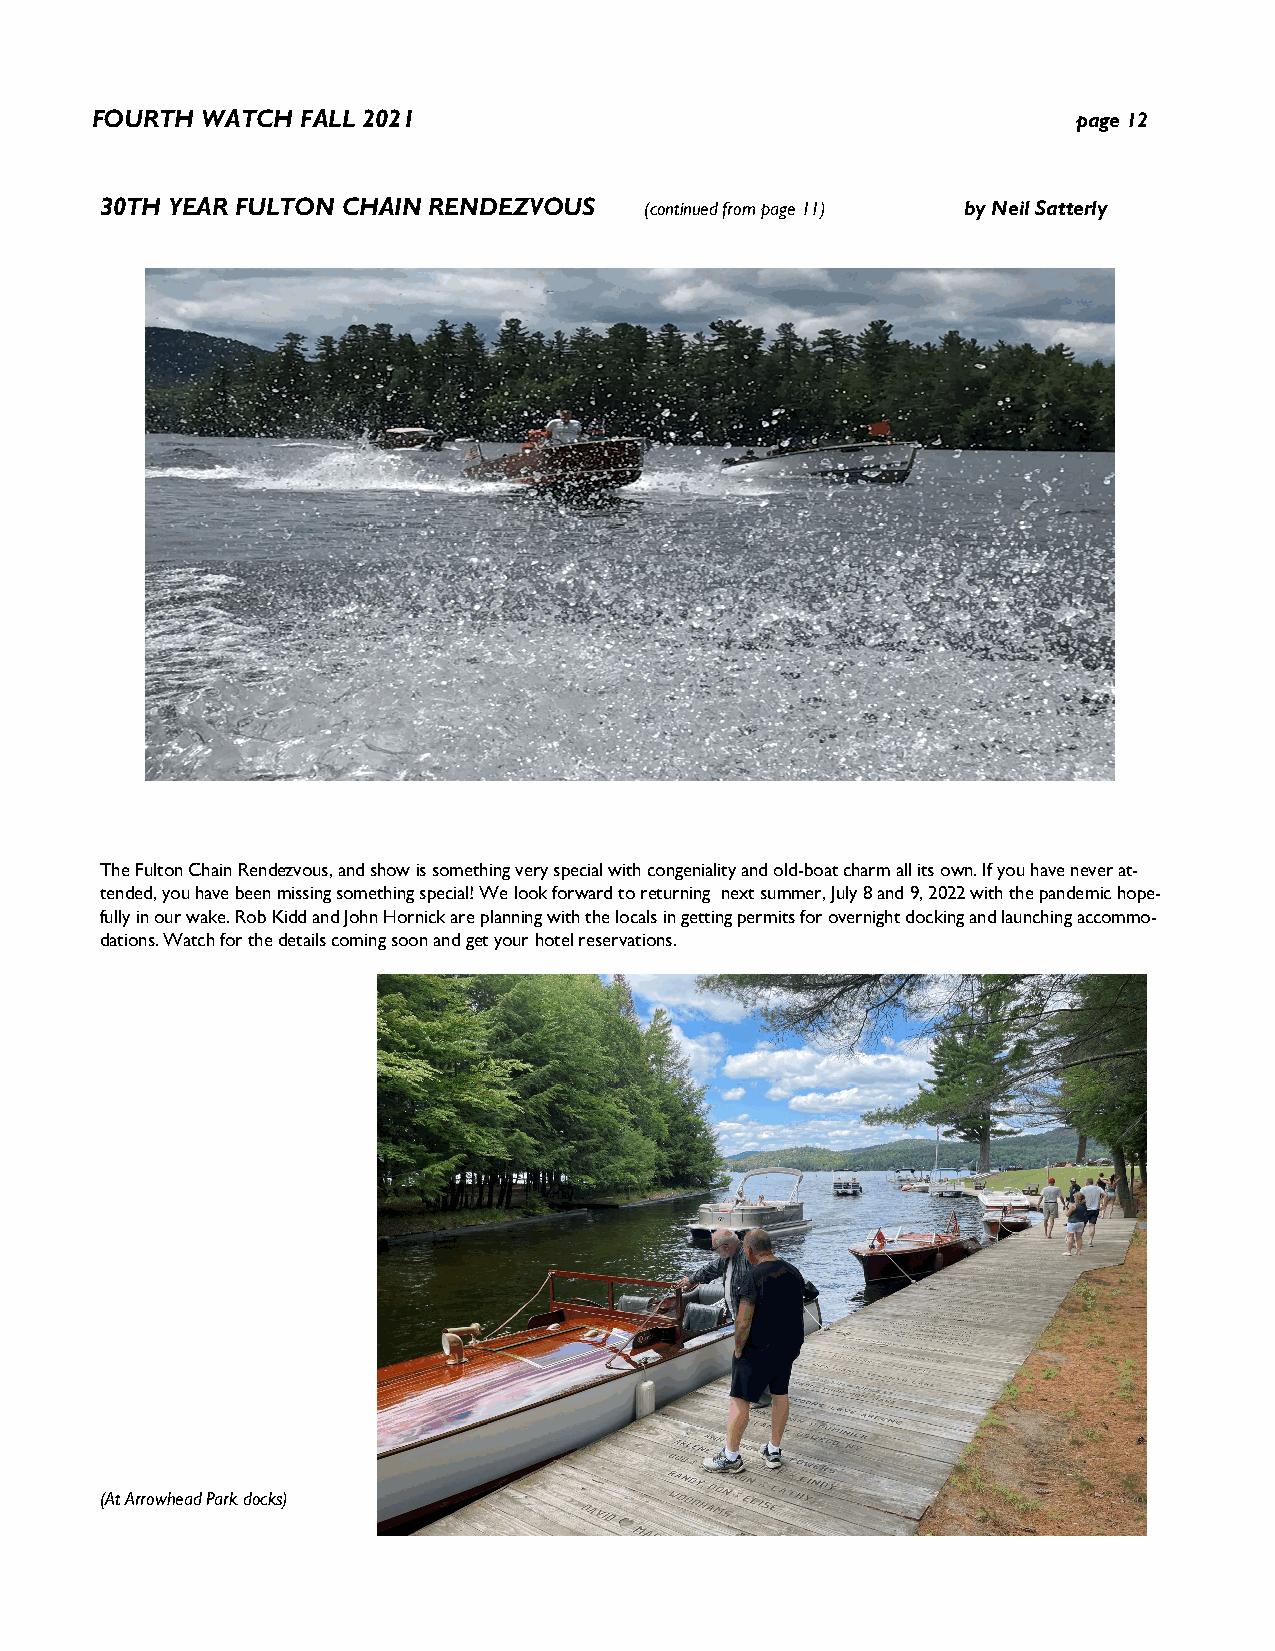
FOURTH WATCH  FALL 2021                                          page 12
 30TH YEAR FULTON CHAIN RENDEZVOUS   (continued from page 11) by Neil Satterly
 The Fulton Chain Rendezvous, and show is something very special with congeniality and old-boat charm all its own. If you have never at-
 tended, you have been missing something special! We look forward to returning next summer, July 8 and 9, 2022 with the pandemic hope-
 fully in our wake. Rob Kidd and John Hornick are planning with the locals in getting permits for overnight docking and launching accommo-
 dations. Watch for the details coming soon and get your hotel reservations.
 (At Arrowhead Park docks)